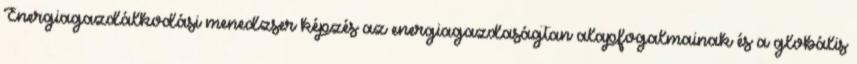
Energiagazdálkodási menedzser képzés az energiagazdaságtan alapfogalmainak és a globális